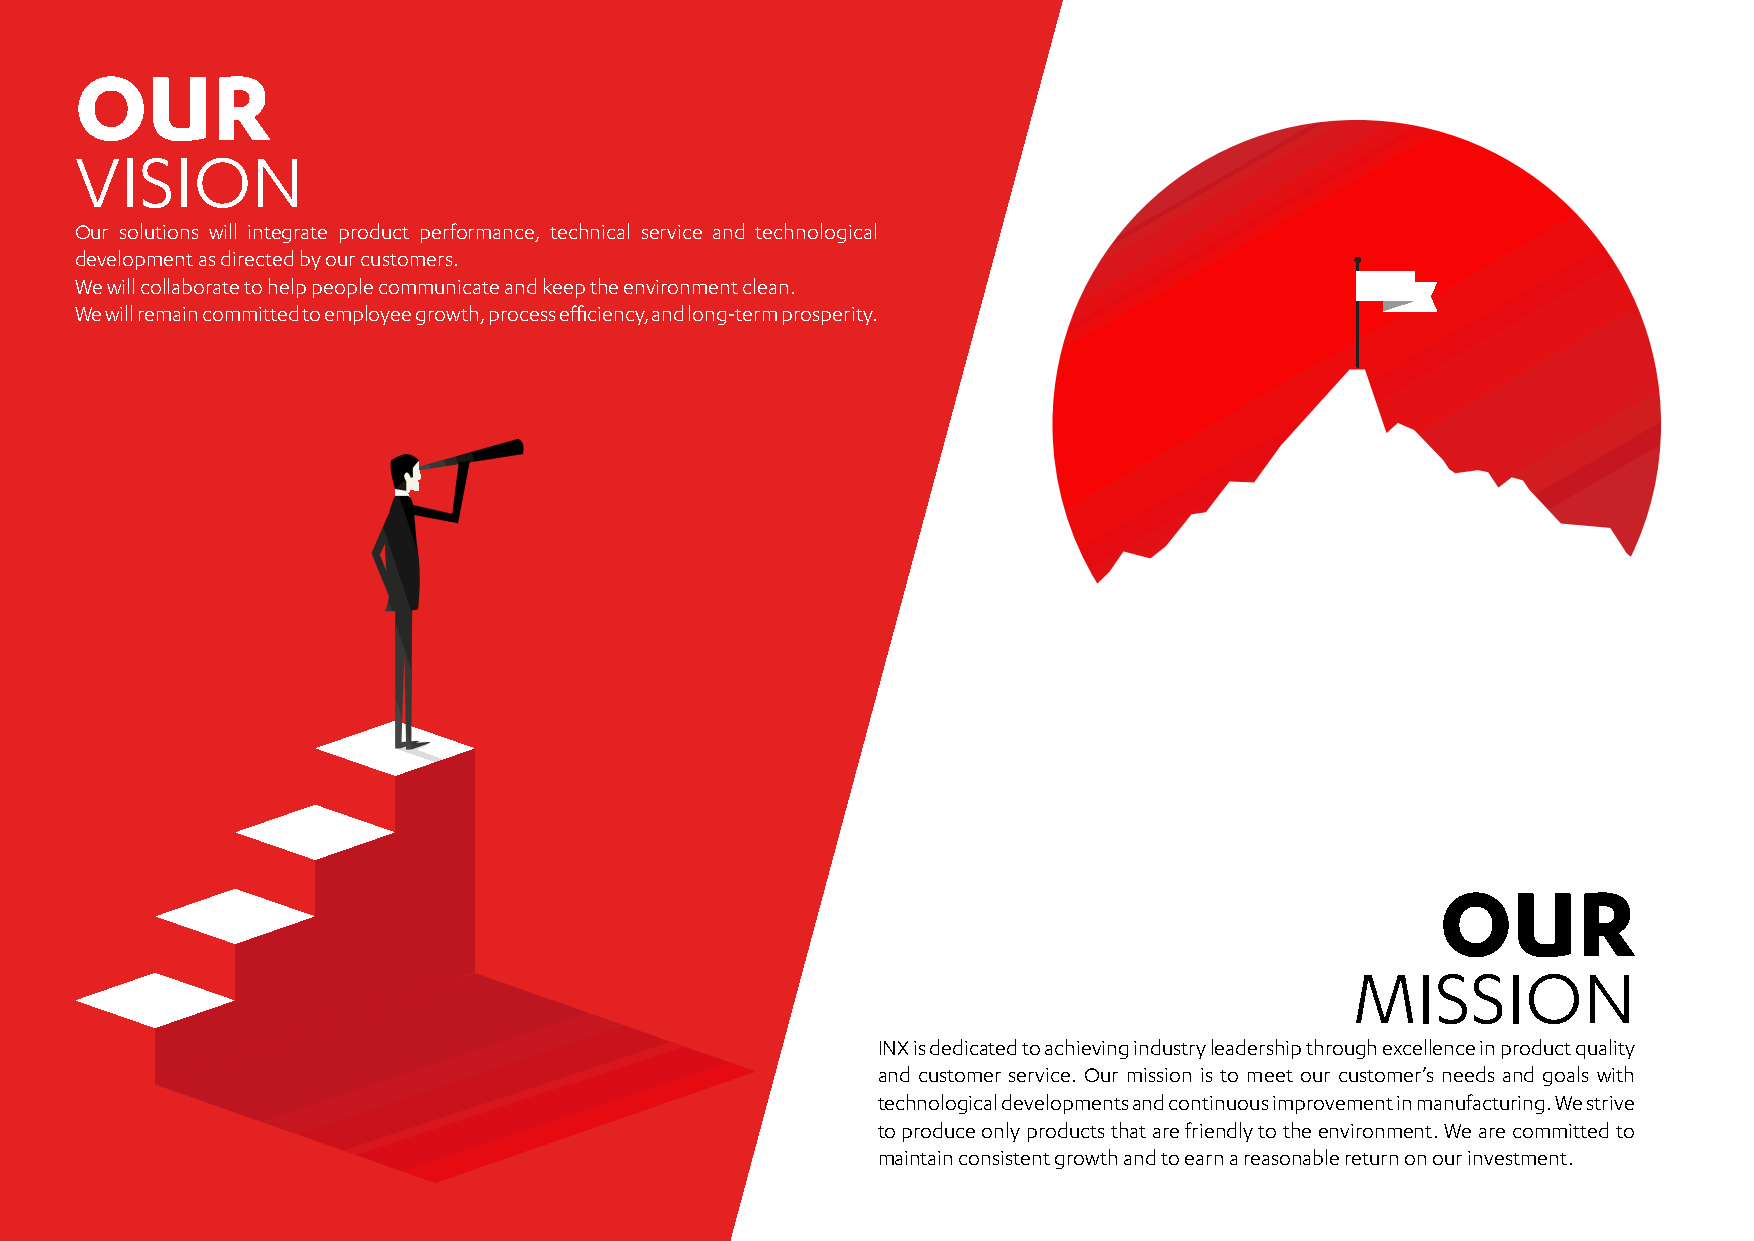
OUR
 VISION
 Our solutions will integrate product performance, technical service and technological
 development as directed by our customers.
 We will collaborate to help people communicate and keep the environment clean.
 We will remain committed to employee growth, process efficiency, and long-term prosperity.
 OUR
 MISSION
 INX is dedicated to achieving industry leadership through excellence in product quality
 and customer service. Our mission is to meet our customer’s needs and goals with
 technological developments and continuous improvement in manufacturing. We strive
 to produce only products that are friendly to the environment. We are committed to
 maintain consistent growth and to earn a reasonable return on our investment.